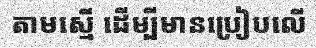
តាមស្មើ ដើម្បីមានប្រៀបលើ